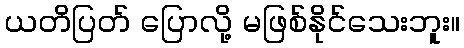
ယတိပြတ် ပြောလို့ မဖြစ်နိုင်သေးဘူး။